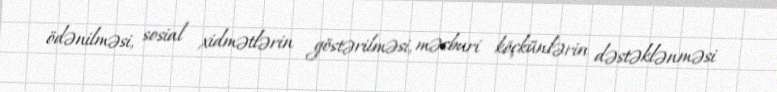
ödənilməsi, sosial xidmətlərin göstərilməsi, məcburi köçkünlərin dəstəklənməsi